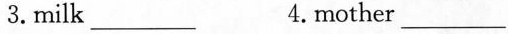
3.milk ___ 4.mother ___